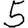
Digit: 5